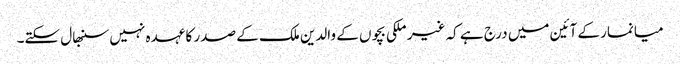
میانمار کے آئین میں درج ہے کہ غیر ملکی بچوں کے والدین ملک کے صدر کا عہدہ نہیں سنبھال سکتے۔